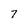
Character: 7